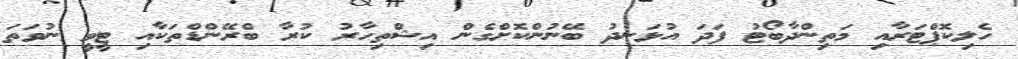
ހެލިކޮޕްޓަރާއި މަތިންދާބޯޓު ފަދަ އުޅަނދު ބޭނުންކޮށްގެން އިޝްތިހާރު ކުރާ ބްރޭންޑްތަކާއި ޓީވީ ނުވަތަ